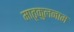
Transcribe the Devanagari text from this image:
मातृकुलनाम